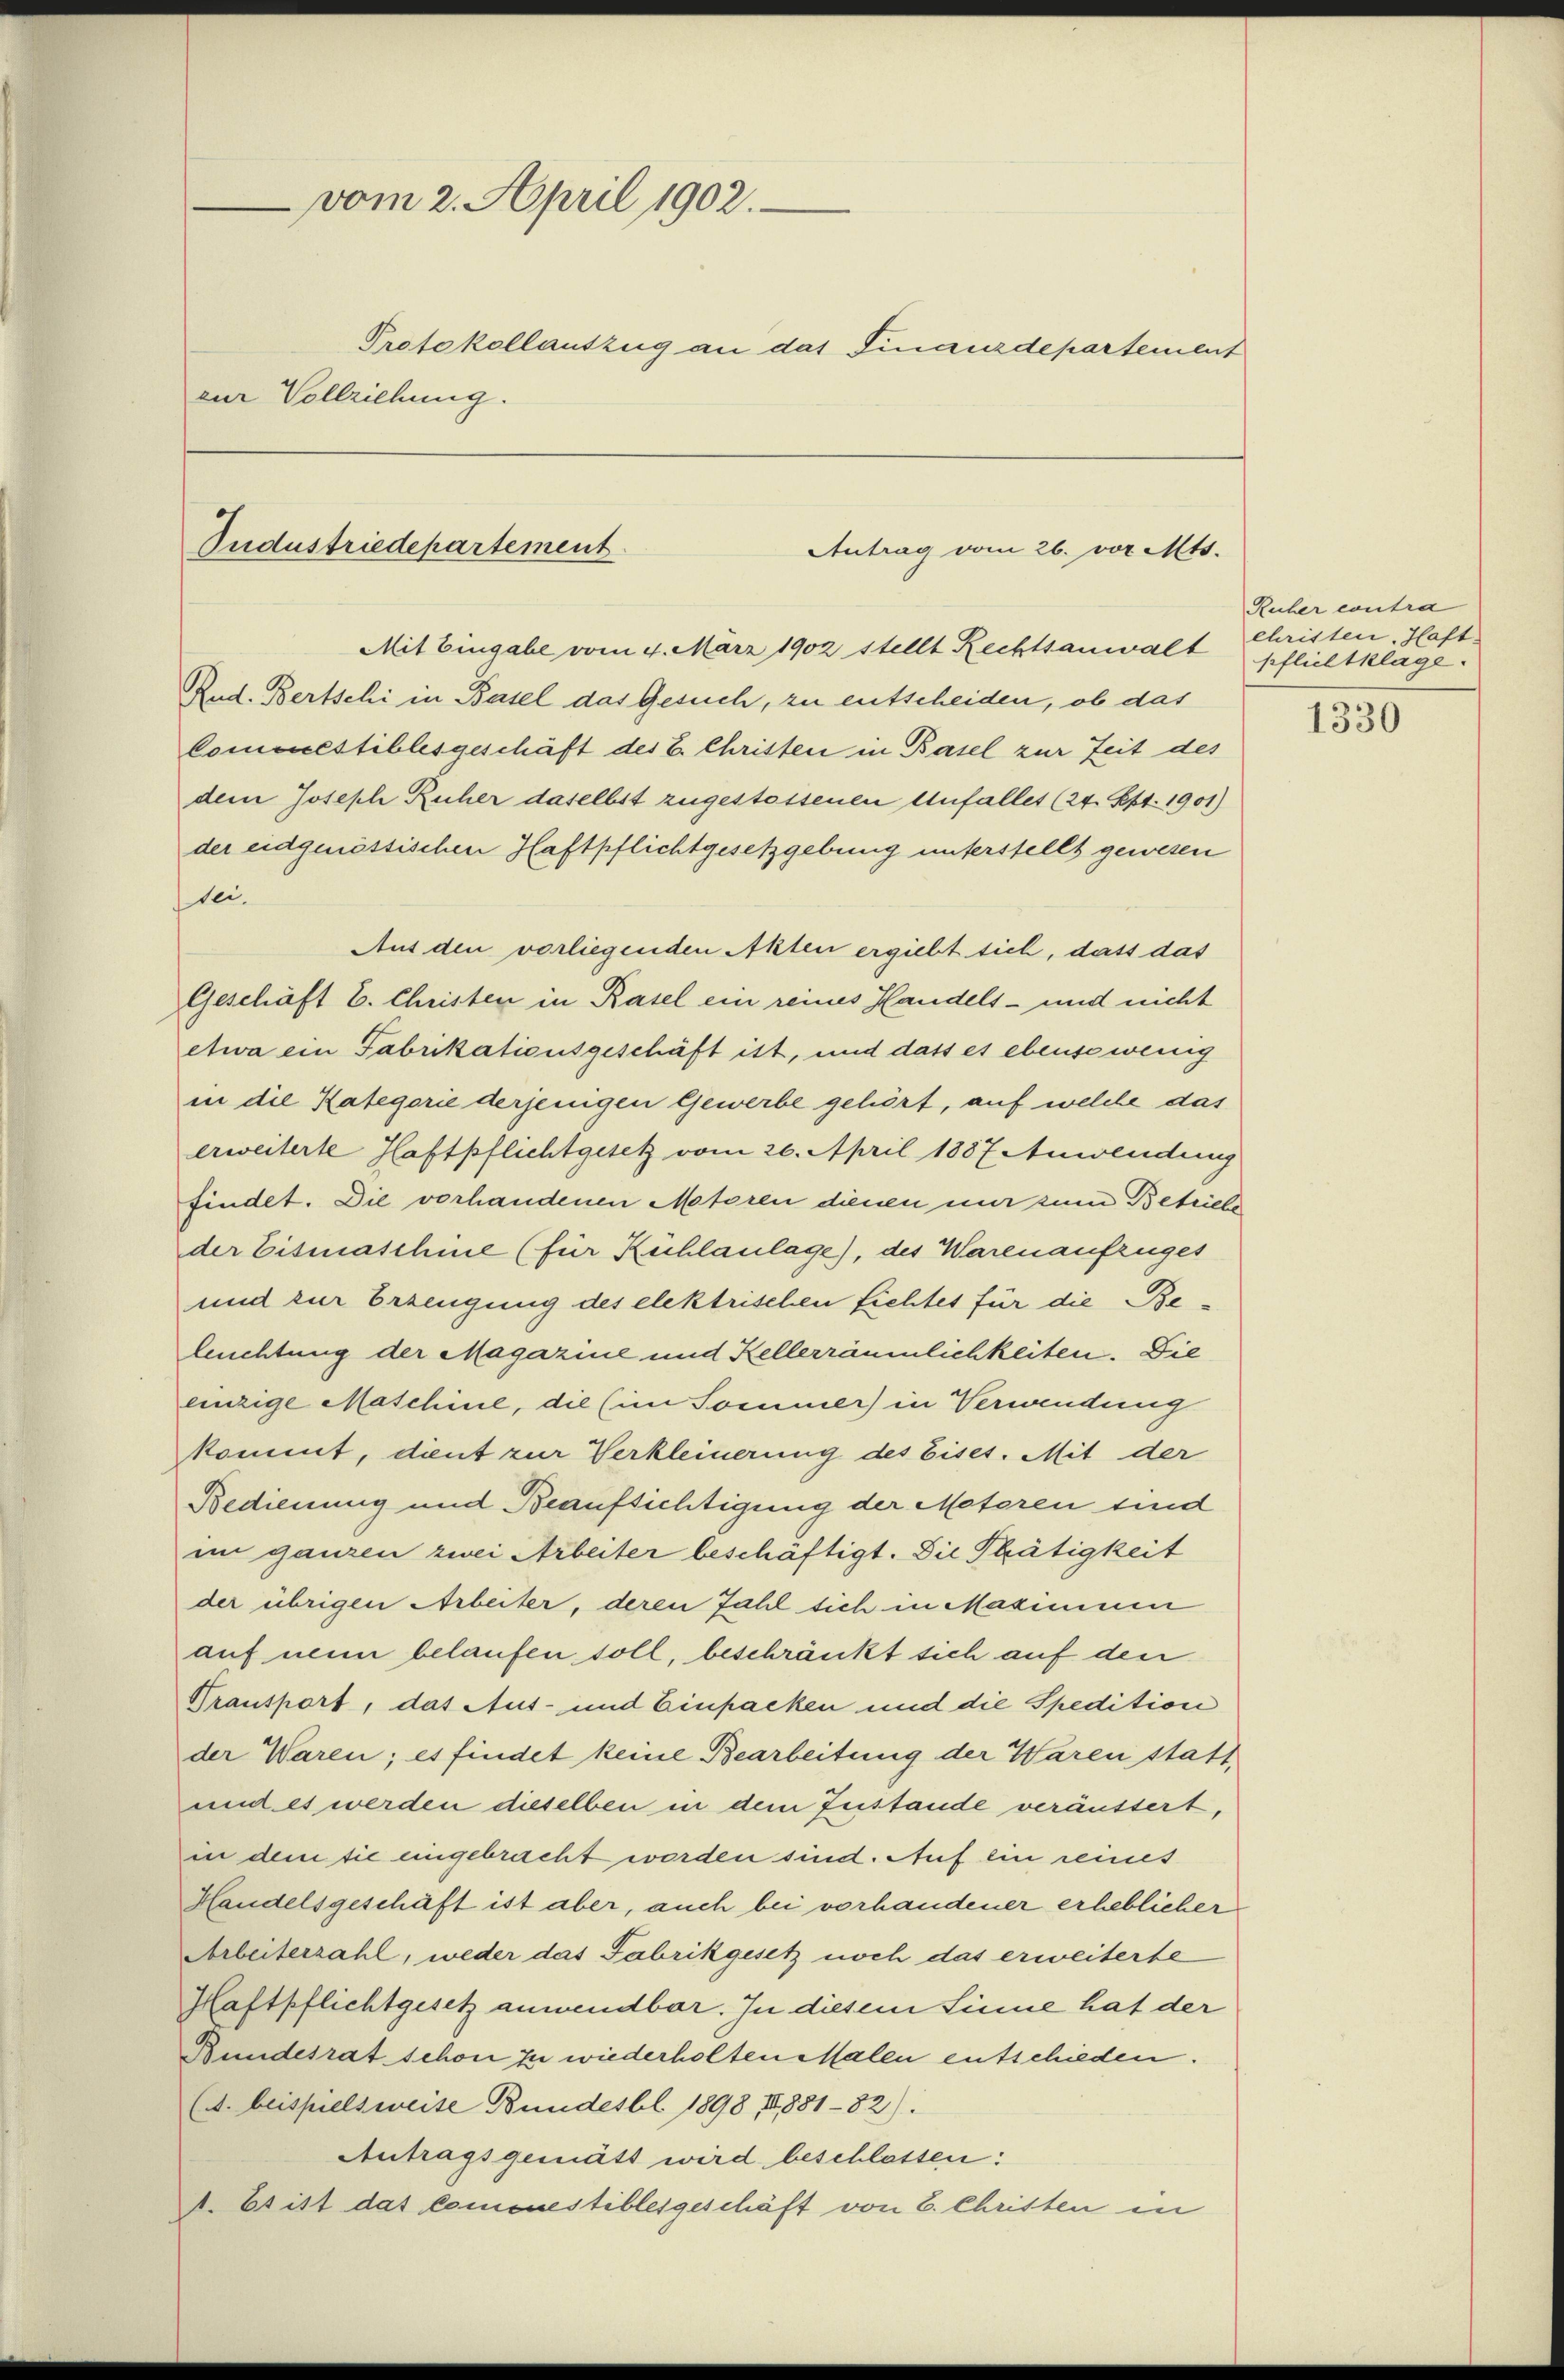
vom 2. April 1902.
Protokollauszug an das Finanzdepartement
zur Vollziehung.

Sudustriedepartement
Antrag vom 26. vor. Mts.

Mit Eingabe vom 4. März 1902 stellt Rechtsanwalt Christen, Haft
Rud. Bertschi in Basel das Gesuch, zu entscheiden, ob das
Commestiblesgeschäft des E. Christen in Basel zur Zeit des
dem Joseph Ruher daselbst zugestossenen Unfall(...)(24. Sept. 1901)
der eidgenössischen Haftpflichtgesetzgebung unterstellt gewesen
ei.
Aus den vorliegenden Alten ergiebt sich, dass das
Geschäft C. Christen in Rasel ein reines Handels- und nicht
etwa ein Fabrikationsgeschäft ist, und dass es ebenso wenig
in die Kategorie derjenigen Gewerbe gehört, auf welche das
erweiterte Haftpflichtgesetz vom 20. April 1887 Anwendung
findet. Die vorhandenen Metoren dienen mir zum Betriebe
der Eisenaschme (für Kühlaulage), des Warenaufzuges
und zur Erzeugung des elektrischen fichtes für die Be-
leuchtung der Magazine und Kellerräumlichkeiten. Die
einzige Maschine, die (im Sommer) in Verwendung
kommt, dient zur Verkleinerung des Eises. Mit der
Bedienung und Beaufsichtigung der Meteren sind
im ganzen zwei Arbeiter beschäftigt. Die Thätigkeit
der übrigen Arbeiter, deren Fahl sich in Mazinnen
auf neun belaufen soll, beschränkt sich auf den
Bransport, das Aus- und Einpacken und die Spedition
der Waren; es findet keine Bearbeitung der Waren statt¬
und es werden dieselben in dem Zustande veräussert,
in dem sie eingebracht worden sind. Auf ein reines
Handelsgeschäft ist aber, auch bei vorhandener erheblicher
Arbeiterzahl, weder das Fabrikgesetz noch das erweiterte
Haftpflichtgesetz anwendbar. In diesem Sinne hat der
Bundesrat schon zu wiederholten Malen entschieden.
(A. beispielsweise Bundesbl 1898 18881-82).
Antragsgemätt wird beschlassen:
. Es ist das Commnestiblesgeschäft von 8. Christen in

Ruher contra
pflichtklage.

1330